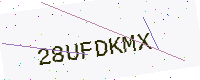
Text: 28UFDKMX